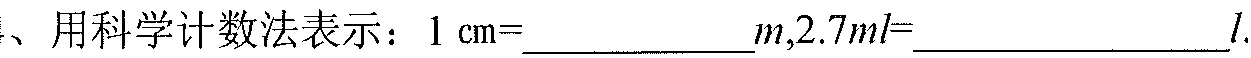
1、用科学计数法表示：\(1\mathrm{cm}=\)___________\(m\)，\(2.7ml=\)____________\(l\).